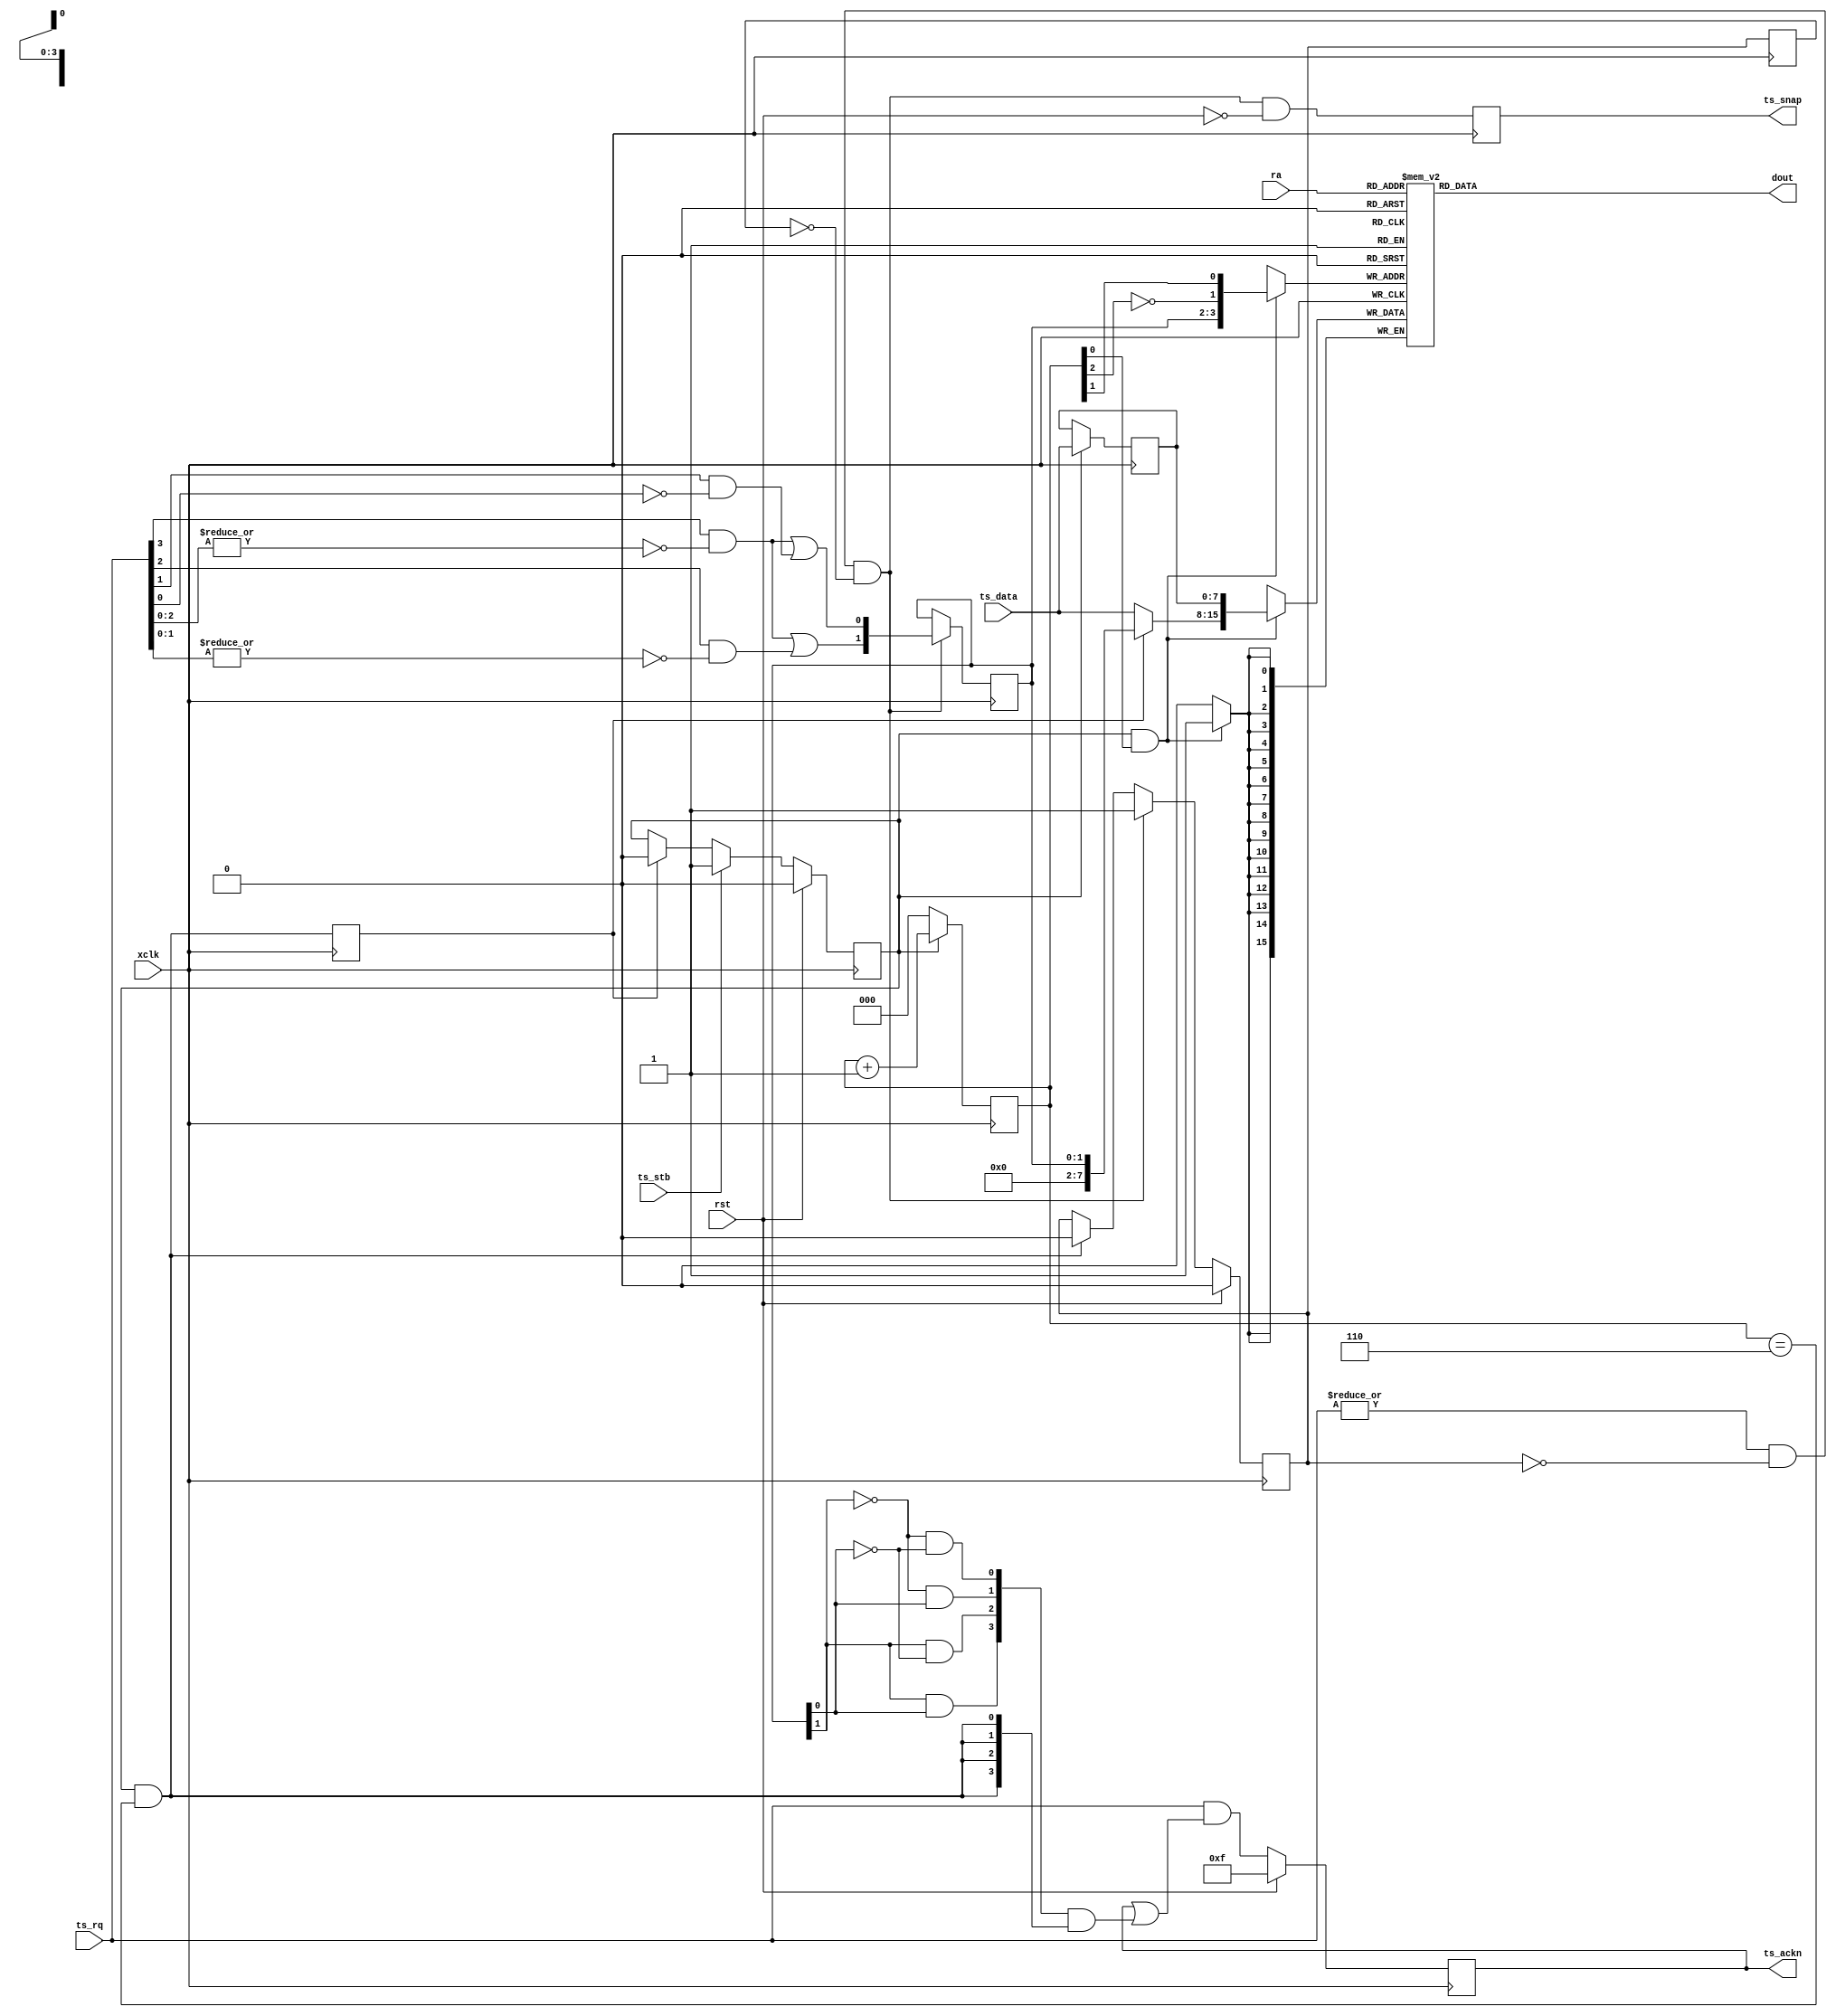
/*!
 * <b>Module:</b>imu_timestamps393
 * @file imu_timestamps393.v
 * @date 2015-07-06  
 * @author Andrey Filippov     
 *
 * @brief Acquire timestmps for events
 *
 * @copyright Copyright (c) 2015 Elphel, Inc.
 *
 * <b>License:</b>
 *
 * imu_timestamps393.v is free software; you can redistribute it and/or modify
 * it under the terms of the GNU General Public License as published by
 * the Free Software Foundation, either version 3 of the License, or
 * (at your option) any later version.
 *
 *  imu_timestamps393.v is distributed in the hope that it will be useful,
 * but WITHOUT ANY WARRANTY; without even the implied warranty of
 * MERCHANTABILITY or FITNESS FOR A PARTICULAR PURPOSE.  See the
 * GNU General Public License for more details.
 *
 * You should have received a copy of the GNU General Public License
 * along with this program.  If not, see <http://www.gnu.org/licenses/> .
 *
 * Additional permission under GNU GPL version 3 section 7:
 * If you modify this Program, or any covered work, by linking or combining it
 * with independent modules provided by the FPGA vendor only (this permission
 * does not extend to any 3-rd party modules, "soft cores" or macros) under
 * different license terms solely for the purpose of generating binary "bitstream"
 * files and/or simulating the code, the copyright holders of this Program give
 * you the right to distribute the covered work without those independent modules
 * as long as the source code for them is available from the FPGA vendor free of
 * charge, and there is no dependence on any encrypted modules for simulating of
 * the combined code. This permission applies to you if the distributed code
 * contains all the components and scripts required to completely simulate it
 * with at least one of the Free Software programs.
 */
`timescale 1ns/1ps

module  imu_timestamps393(
    input                         xclk, // 80 MHz, posedge
    input                         rst,  // sync reset (@posedge xclk)
    output reg                    ts_snap, // request to take a local time snapshot
    input                         ts_stb,  // one clock pulse before receiving a local TS data
    input                   [7:0] ts_data, // local timestamp data (s0,s1,s2,s3,u0,u1,u2,u3==0)

    input                   [3:0] ts_rq,// requests to create timestamps (4 channels), @posedge xclk
    output                  [3:0] ts_ackn, // timestamp for this channel is stored
    input                   [3:0] ra,   // read address (2 MSBs - channel number, 2 LSBs - usec_low, (usec_high ORed with channel <<24), sec_low, sec_high
    output                 [15:0] dout);// output data
    reg           ts_rcv;
    reg           ts_busy;
    reg           ts_busy_d; 
    reg     [1:0] chn; // channel for which timestamp is bein requested/received
    wire    [3:0] rq_pri; // 1-hot prioritized timestamp request
    wire    [1:0] rq_enc; // encoded request channel
    reg     [2:0] cntr; // ts rcv counter
    wire          pre_snap;
    reg     [7:0] ts_data_r; // previous value of ts_data
    reg    [15:0] ts_ram[0:15];
    reg           rcv_last; // receiving last byte (usec MSB)
    reg     [3:0] ts_ackn_r;
    wire    [3:0] chn1hot;
    wire          pre_ackn;
    
    assign rq_pri = {ts_rq[3] & ~(|ts_rq[2:0]),
                     ts_rq[2] & ~(|ts_rq[1:0]),
                     ts_rq[1] & ~  ts_rq[0],
                     ts_rq[0]};
    assign rq_enc = {rq_pri[3] | rq_pri[2],
                     rq_pri[3] | rq_pri[1]};
                     
    assign pre_snap = (|ts_rq) && !ts_busy && !ts_busy_d; 
    assign chn1hot = {chn[1] & chn[0], chn[1] & ~chn[0], ~chn[1] & chn[0], ~chn[1] & ~chn[0]};
    assign pre_ackn = ts_rcv && (cntr == 3'h6);
    
    
    assign ts_ackn = ts_ackn_r;
    
    
    always @ (posedge xclk) begin
        ts_snap <= pre_snap && !rst;
        
        if (ts_rcv) ts_data_r <= ts_data;
        
        if      (rst)                      ts_busy <= 0;
        else if (pre_snap)                 ts_busy <= 1;
        else if (ts_rcv && (cntr == 3'h6)) ts_busy <= 0; // adjust 6?
        
        ts_busy_d <= ts_busy;
        
        rcv_last <= ts_rcv && (cntr == 3'h6);
        
        if      (rst)       ts_rcv <= 0;
        else if (ts_stb)    ts_rcv <= 1;
        else if (rcv_last)  ts_rcv <= 0;
        
        if (!ts_rcv) cntr <= 0;
        else      cntr <= cntr + 1;
        if (pre_snap) chn <= rq_enc;
        // insert channel instead of the usec MSB, swap usec <-> sec
        if (ts_rcv && cntr[0]) ts_ram[{chn, ~cntr[2], cntr[1]}] <= {rcv_last ? {6'b0,chn} : ts_data, ts_data_r};
        
        if (rst) ts_ackn_r <= 4'hf;
        else     ts_ackn_r <= ts_rq & (ts_ackn_r | (chn1hot & {4{pre_ackn}}));
        
    
        
        
    end
    
    assign dout[15:0] = ts_ram[ra];
                       
endmodule